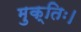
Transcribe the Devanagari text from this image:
मुक्तिः।